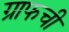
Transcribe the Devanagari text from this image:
ग्राफची